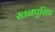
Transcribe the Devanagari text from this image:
रतनपुरिहा